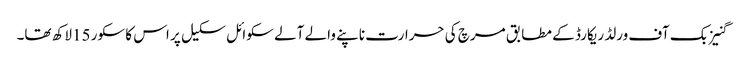
گنیز بک آف ورلڈ ریکارڈ کے مطابق مرچ کی حرارت ناپنے والے آلے سکوائل سکیل پر اس کا سکور 15لاکھ تھا۔